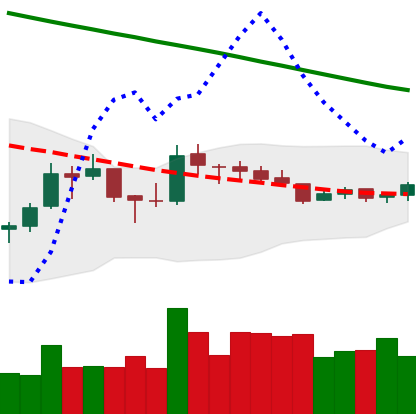
Ticker: LTC-USD
Chart end date: 2018-10-08
Forward return: -10.033%
Label: down_7plus